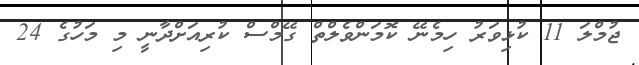
ޖުމްލަ 11 ކުޅިވަރު ހިމެނޭ ކޮމަންވެލްތް ގޭމްސް ކުރިއަށްދާނީ މި މަހުގެ 24